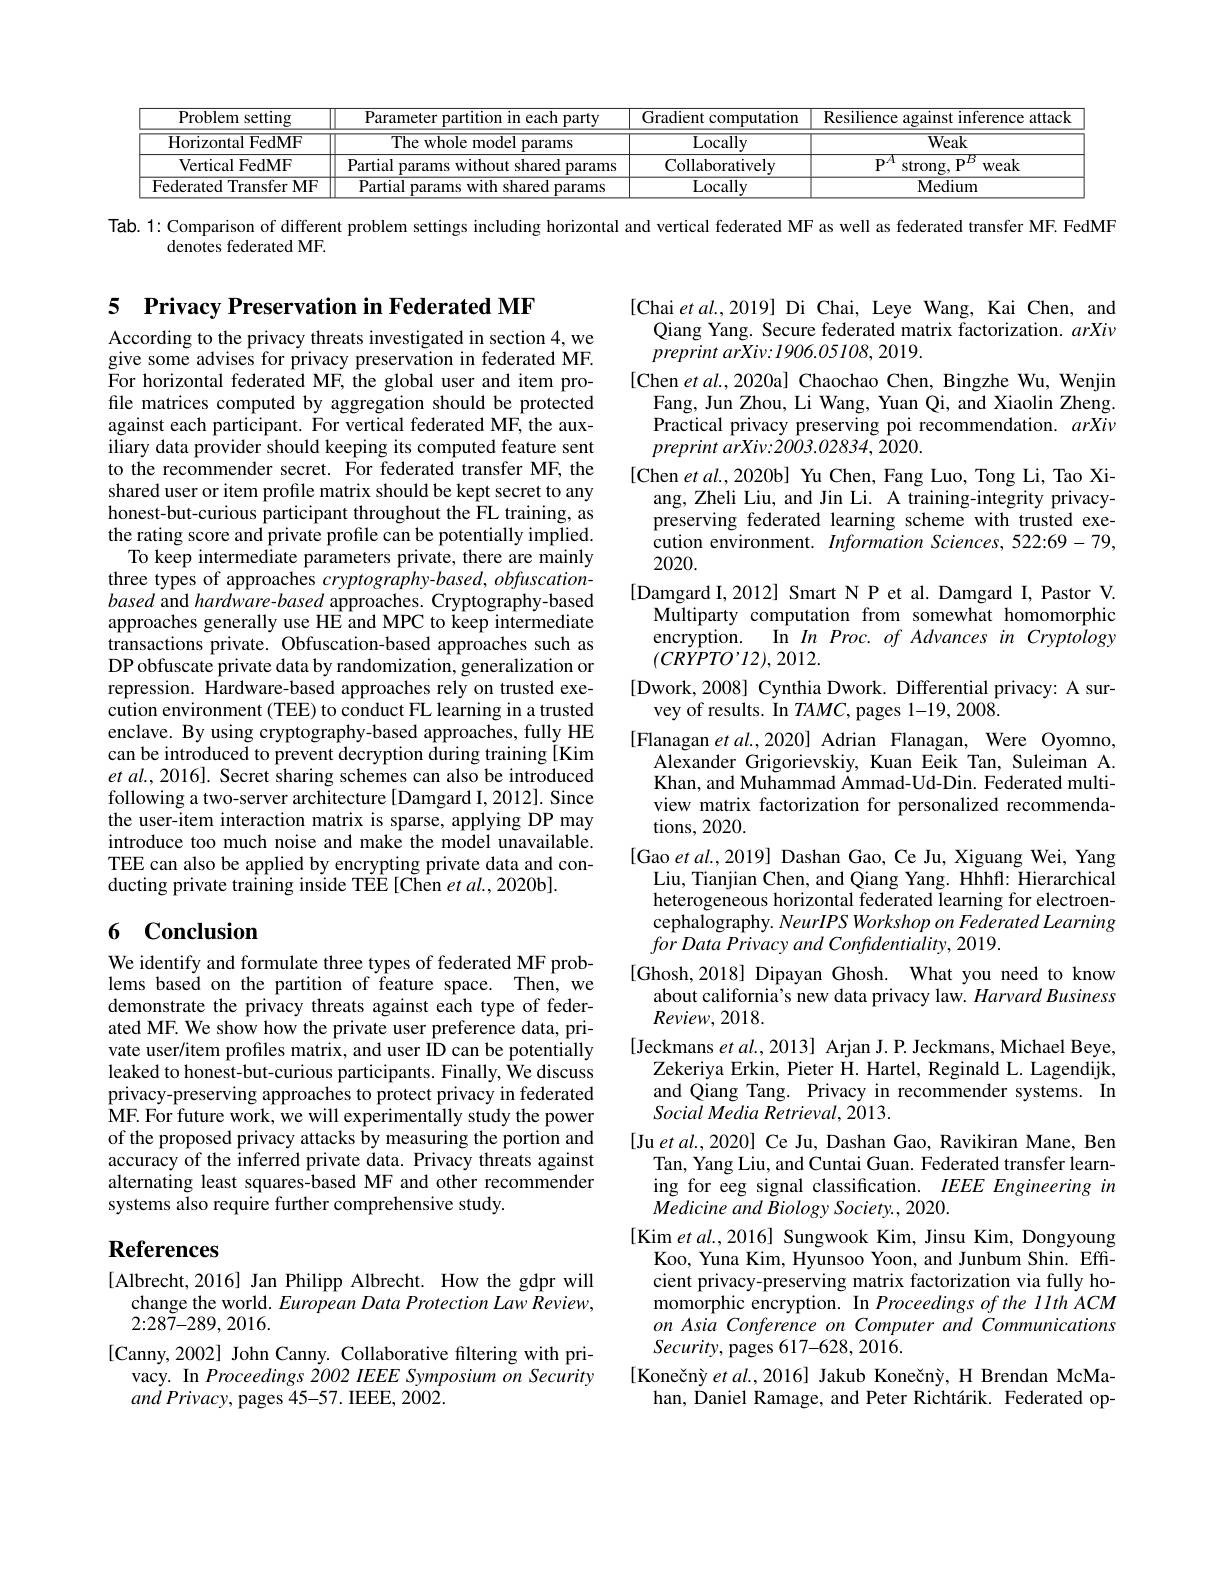
<table>
	<tbody>
		<tr>
			<th>$\overline{{\mathrm{Problem~setting}}}$</th>
			<th>$\overline{{\text{Parameter partition in each party}}}$</th>
			<th>Gradient computation</th>
			<th>Resilience against inference attacl</th>
		</tr>
		<tr>
			<td>Horizontal FedMF</td>
			<td>The whole model params</td>
			<td>$\overline{{\mathrm{Locally}}}$</td>
			<td>$\overline{\text{Weak}}$</td>
		</tr>
		<tr>
			<td>Vertical FedMF</td>
			<td>Partial params without shared params</td>
			<td>Collaboratively</td>
			<td>$P^{A}$ strong, P$^D$ weak</td>
		</tr>
		<tr>
			<td>Federated Transfer MF</td>
			<td>Partial params with shared params</td>
			<td>Locally</td>
			<td>Medium</td>
		</tr>
	</tbody>
</table>

Tab. 1: Comparison of different problem settings including horizontal and vertical federated MF as well as federated transfer MF. FedMF

denotes federated MF.

5 Privacy Preservation in Federated MF

According to the privacy threats investigated in section 4, we give some advises for privacy preservation in federated MF. For horizontal federated MF, the global user and item profile matrices computed by aggregation should be protected against each participant. For vertical federated MF, the auxiliary data provider should keeping its computed feature sent to the recommender secret. For federated transfer MF, the shared user or item profile matrix should be kept secret to any honest-but-curious participant throughout the $\hat{\text{FL training, as}}$ the rating score and private profile can be potentially implied.
To keep intermediate parameters private, there are mainly three types of approaches $cryptography-based,obfuscation$- based and hardware-based approaches. Cryptography-based approaches generally use HE and MPC to keep intermediate transactions private. Obfuscation-based approaches such as DP obfuscate private data by randomization, generalization or repression. Hardware-based approaches rely on trusted execution environment (TEE) to conduct FL learning in a trusted enclave. By using cryptography-based approaches, fully HE can be introduced to prevent decryption during training [Kim et al., 2016]. Secret sharing schemes can also be introduced following a two-server architecture [Damgard I, 2012]. Since the user-item interaction matrix is sparse, applying DP may introduce too much noise and make the model unavailable. TEE can also be applied by encrypting private data and conducting private training inside TEE[Chen et al., 2020b].

[Chai et al.,2019] Di Chai, Leye Wang, Kai Chen, and
Qiang Yang. Secure federated matrix factorization. arXiv
preprint $arXiv: 1906. 05108, 2019.$
[Chen et al.,2020a] Chaochao Chen, Bingzhe Wu, Wenjin
Fang, Jun Zhou, Li Wang, Yuan Qi, and Xiaolin Zheng. Practical privacy preserving poi recommendation. arXiv $preprint\textit{arXiv: 2003. 02834, 2020. }$
[Chen $etal.,2020$b] Yu Chen, Fang Luo, Tong Li, Tao Xi-
ang, Zheli Liu, and Jin Li. A training-integrity privacypreserving federated learning scheme with trusted execution environment. Information Sciences, 522:69-79, 2020.
[Damgard I,2012] Smart N P et al. Damgard I, Pastor V.
Multiparty computation from somewhat homomorphic
In In Proc. of Advances in Cryptology
encryption.
$(CRYPTO’12),2012.$
[Dwork,2008] Cynthia Dwork. Differential privacy: A sur-
vey of results. In $TAMC$, pages 1-19,2008.
[Flanagan et al, 2020] Adrian Flanagan, Were Oyomno,
Alexander Grigorievskiy, Kuan Eeik Tan, Suleiman A. Khan, and Muhammad Ammad-Ud-Din. Federated multiview matrix factorization for personalized recommendations, 2020.
[Gao et al.,2019] Dashan Gao, Ce Ju, Xiguang Wei, Yang
Liu, Tianjian Chen, and Qiang Yang. Hhhff: Hierarchical heterogeneous horizontal federated learning for electroencephalography. NeurIPS Workshop on Federated Learning $for\textit{Data Privacy and Confidentiality, 2019. }$
[Ghosh,2018] Dipayan Ghosh. What you need to know
about california's new data privacy law. $Harvard\textit{Business}$
$Review,2018.$
[Jeckmans $etal.,2013]$ Arjan J.P. Jeckmans, Michael Beye,
Zekeriya Erkin, Pieter H. Hartel, Reginald L. Lagendijk, and Qiang Tang. Privacy in recommender systems. In Social Media Retrieval, 2013.
[Ju et al., 2020] Ce Ju, Dashan Gao, Ravikiran Mane, Ben
Tan, Yang Liu, and Cuntai Guan. Federated transfer learning for eeg signal classification. $IEEEE$ Engineering in Medicine and Biology Society., 2020.
[Kim et al. , 2016] Sungwook Kim, Jinsu Kim, Dongyoung
Koo, Yuna Kim, Hyunsoo Yoon, and Junbum Shin. Efficient privacy-preserving matrix factorization via fully homomorphic encryption. In Proceedings of the llth ACM on Asia Conference on Computer and Communications $Security$, pages 617-628, 2016.
[Konečný et al., 2016] Jakub Konečný, H Brendan McMa-
han, Daniel Ramage, and Peter Richtárik. Federated op-

## 6 Conclusion

We identify and formulate three types of federated MF problems based on the partition of feature space. Then, we demonstrate the privacy threats against each type of federated MF. We show how the private user preference data, private user/item profiles matrix, and user ID can be potentially leaked to honest-but-curious participants. Finally, We discuss privacy-preserving approaches to protect privacy in federated $\hat{\mathrm{MF.~For~future~work,~we~will~experimentally~study~the~power}}$ of the proposed privacy attacks by measuring the portion and accuracy of the inferred private data. Privacy threats against alternating least squares-based MF and other recommender systems also require further comprehensive study.

# References

[Albrecht,2016] Jan Philipp Albrecht. How the gdpr will
change the world. European Data Protection Law Review,
2{:}287{-}289{,}2016.
[Canny,2002] John Canny. Collaborative filtering with pri-
vacy. In Proceedings 2002 IEEE Symposium on Security
$an\dot{d} \textit{Privacy,  pages 45- 57.  IEEE,  2002. }$